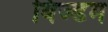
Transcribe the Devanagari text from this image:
विज्डम